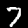
Label: 7